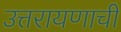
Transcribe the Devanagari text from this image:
उत्तरायणाची